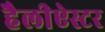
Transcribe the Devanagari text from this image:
हैलीऐस्टर